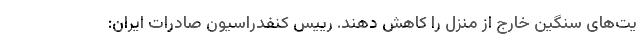
یت‌های سنگین خارج از منزل را کاهش دهند. رییس کنفدراسیون صادرات ایران: